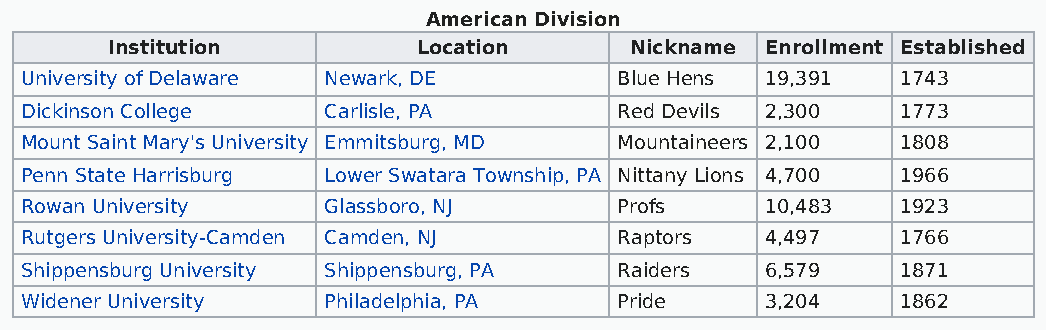
American Division
 Institution          Location      Nickname Enrollment Established
 University of Delaware Newark, DE       Blue Hens 19,391   1743
 Dickinson College   Carlisle, PA        Red Devils 2,300   1773
 Mount Saint Mary's University Emmitsburg, MD Mountaineers 2,100 1808
 Penn State Harrisburg Lower Swatara Township, PA Nittany Lions 4,700 1966
 Rowan University    Glassboro, NJ       Profs     10,483   1923
 Rutgers University-Camden Camden, NJ    Raptors   4,497    1766
 Shippensburg University Shippensburg, PA Raiders  6,579    1871
 Widener University  Philadelphia, PA    Pride     3,204    1862